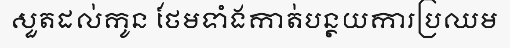
សួតដល់កូន ថែមទាំងកាត់បន្ថយការប្រឈម